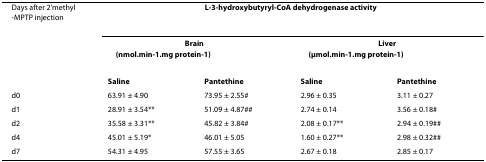
| Days after 2'methyl-MPTP injection | <COLSPAN=4> L-3-hydroxybutyryl-CoA dehydrogenase activity |
 |  | <COLSPAN=2> Brain(nmol.min-1.mg protein-1) | <COLSPAN=2> Liver(μmol.min-1.mg protein-1) |
 | --- | --- | --- | --- | --- |
 |  | Saline | Pantethine | Saline | Pantethine |
 | d0 | 63.91 ± 4.90 | 73.95 ± 2.55# | 2.96 ± 0.35 | 3.11 ± 0.27 |
 | d1 | 28.91 ± 3.54** | 51.09 ± 4.87## | 2.74 ± 0.14 | 3.56 ± 0.18# |
 | d2 | 35.58 ± 3.31** | 45.82 ± 3.84# | 2.08 ± 0.17** | 2.94 ± 0.19## |
 | d4 | 45.01 ± 5.19* | 46.01 ± 5.05 | 1.60 ± 0.27** | 2.98 ± 0.32## |
 | d7 | 54.31 ± 4.95 | 57.55 ± 3.65 | 2.67 ± 0.18 | 2.85 ± 0.17 |